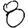
Digit: 8